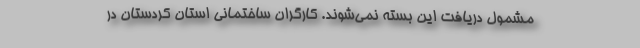
مشمول دریافت این بسته نمی‌شوند. کارگران ساختمانی استان کردستان در